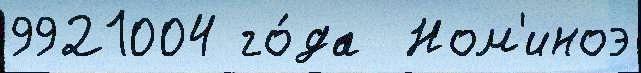
9921004 го́да  Ном'иноэ